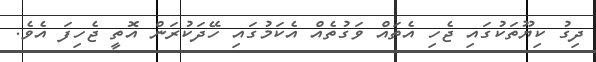
ދިގު ކިޔޫތަކުގައި ޖެހި އެތައް ވަގުތެއް އެކަމުގައި ހޭދަކުރަން އޮތީ ޖެހިފަ އެވެ.